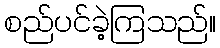
စည်ပင်ခဲ့ကြသည်။